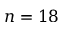
n = 1 8